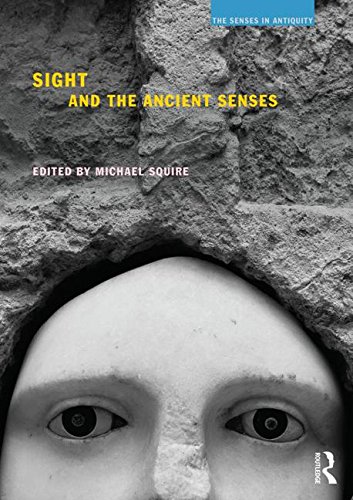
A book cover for Sight and the Ancient Senses (The Senses in Antiquity); History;